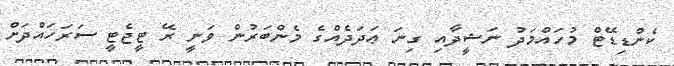
ކެންޑިޑޭޓް މުހައްމަދު ނަޝީދާއި ގިނަ ޢަދަދެއްގެ މެންބަރުން ވަނީ ރޭ ޓީޖެޓީ ސަރަހައްދަށް